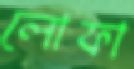
লোফা